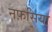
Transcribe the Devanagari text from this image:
नफ़सिया